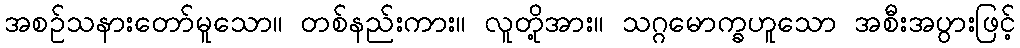
အစဉ်သနားတော်မူသော။ တစ်နည်းကား။ လူတို့အား။ သဂ္ဂမောက္ခဟူသော အစီးအပွားဖြင့်